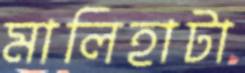
মালিহাটা